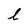
Character: l